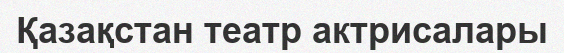
Қазақстан театр актрисалары